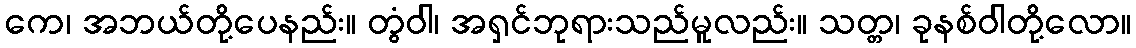
ကေ၊ အဘယ်တို့ပေနည်း။ တွံဝါ၊ အရှင်ဘုရားသည်မူလည်း။ သတ္တ၊ ခုနစ်ဝါတို့လော။